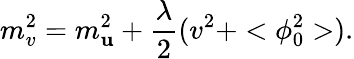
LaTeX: m_{v}^{2}=m_{\mathbf{u}}^{2}+\frac{{\lambda}}{{2}}(v^{2}+<\phi_{0}^{2}>).